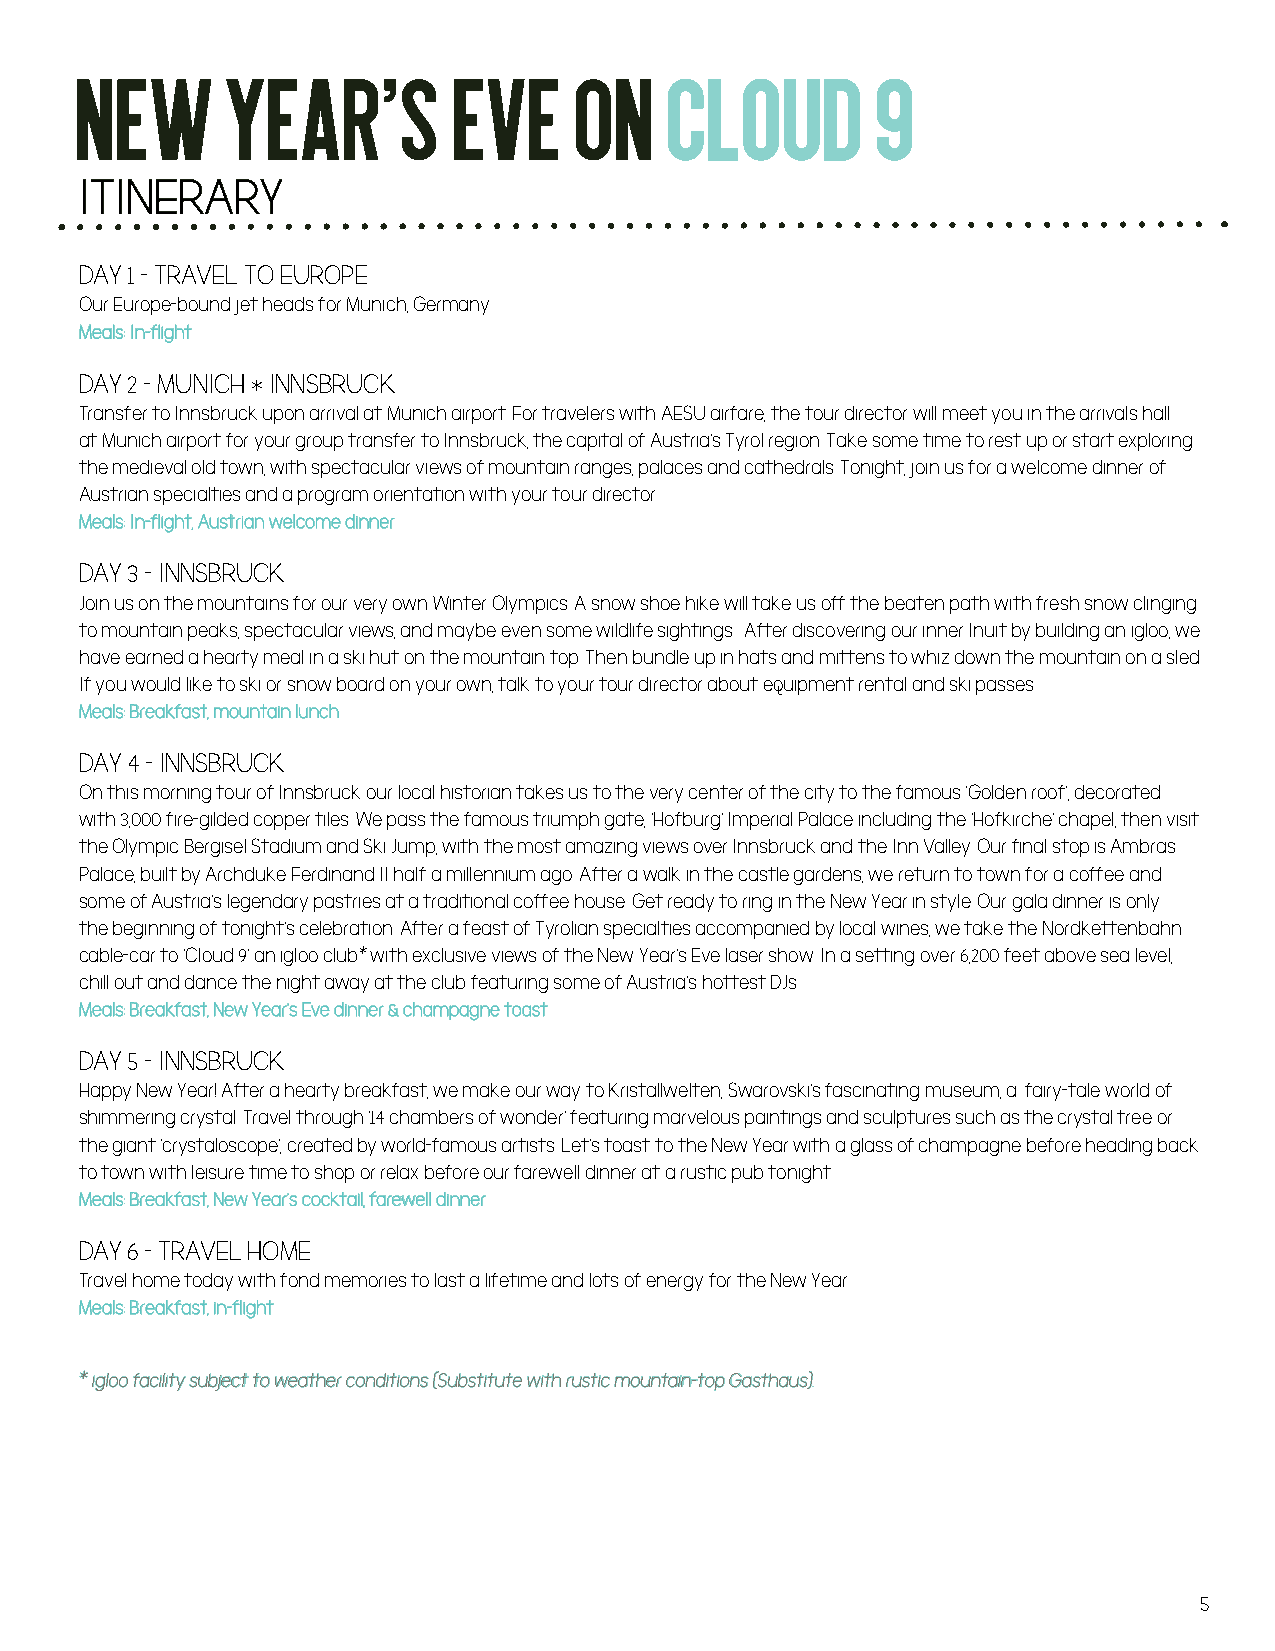
new       year’s         eve     on    cloud         9
 ITINERARY
 DAY 1 - TRAVEL TO EUROPE
 Our Europe-bound jet heads for Munich, Germany.
 Meals: In-flight
 DAY 2 - MUNICH * INNSBRUCK
 Transfer to Innsbruck upon arrival at Munich airport. For travelers with AESU airfare, the tour director will meet you in the arrivals hall
 at Munich airport for your group transfer to Innsbruck, the capital of Austria’s Tyrol region. Take some time to rest up or start exploring
 the medieval old town, with spectacular views of mountain ranges, palaces and cathedrals. Tonight, join us for a welcome dinner of
 Austrian specialties and a program orientation with your tour director.
 Meals: In-flight, Austrian welcome dinner
 DAY 3 - INNSBRUCK
 Join us on the mountains for our very own Winter Olympics. A snow shoe hike will take us off the beaten path with fresh snow clinging
 to mountain peaks, spectacular views, and maybe even some wildlife sightings. After discovering our inner Inuit by building an igloo, we
 have earned a hearty meal in a ski hut on the mountain top. Then bundle up in hats and mittens to whiz down the mountain on a sled.
 If you would like to ski or snow board on your own, talk to your tour director about equipment rental and ski passes.
 Meals: Breakfast, mountain lunch
 DAY 4 - INNSBRUCK
 On this morning tour of Innsbruck our local historian takes us to the very center of the city to the famous ‘Golden roof’, decorated
 with 3,000 fire-gilded copper tiles. We pass the famous triumph gate, ‘Hofburg’ Imperial Palace including the ‘Hofkirche’ chapel, then visit
 the Olympic Bergisel Stadium and Ski Jump, with the most amazing views over Innsbruck and the Inn Valley. Our final stop is Ambras
 Palace, built by Archduke Ferdinand II half a millennium ago. After a walk in the castle gardens, we return to town for a coffee and
 some of Austria’s legendary pastries at a traditional coffee house. Get ready to ring in the New Year in style. Our gala dinner is only
 the beginning of tonight’s celebration. After a feast of Tyrolian specialties accompanied by local wines, we take the Nordkettenbahn
 cable-car to ‘Cloud 9’ an igloo club* with exclusive views of the New Year’s Eve laser show. In a setting over 6,200 feet above sea level,
 chill out and dance the night away at the club featuring some of Austria’s hottest DJs.
 Meals: Breakfast, New Year’s Eve dinner & champagne toast
 DAY 5 - INNSBRUCK
 Happy New Year! After a hearty breakfast, we make our way to Kristallwelten, Swarovski’s fascinating museum, a fairy-tale world of
 shimmering crystal. Travel through ’14 chambers of wonder’ featuring marvelous paintings and sculptures such as the crystal tree or
 the giant ’crystaloscope’, created by world-famous artists. Let’s toast to the New Year with a glass of champagne before heading back
 to town with leisure time to shop or relax before our farewell dinner at a rustic pub tonight.
 Meals: Breakfast, New Year’s cocktail, farewell dinner
 DAY 6 - TRAVEL HOME
 Travel home today with fond memories to last a lifetime and lots of energy for the New Year.
 Meals: Breakfast, in-flight
 * igloo facility subject to weather conditions (Substitute with rustic mountain-top Gasthaus).
 5